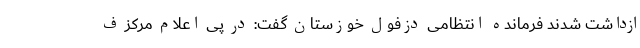
ازداشت شدند فرمانده انتظامی دزفول خوزستان گفت: در پی اعلام مرکز ف